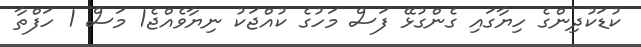
ކުޑަކުދިންގެ ހިޔާގައި ގެންގުޅޭ ފަސް މަހުގެ ކުއްޖަކު ނިޔާވެއްޖެ1 މަސް 1 ހަފްތާ